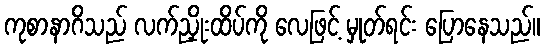
ကုစာနာဂိသည် လက်ညှိုးထိပ်ကို လေဖြင့် မှုတ်ရင်း ပြောနေသည်။